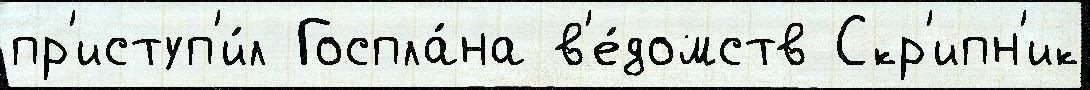
пр'иступ'и́л Госпла́на в'е́домств Скр'ипн'ик